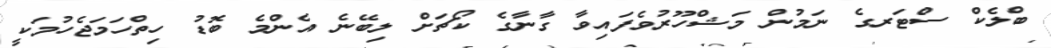
ބްލެކް ސްޓަރގެ ނަމުން މަޝްހޫރުވެފައިވާ ގާނާގެ ކޯޗަށް ލިބޭނެ އެންމެ ބޮޑު ހިތްހަމަޖެހުމަކީ